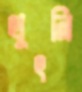
থুৎনি